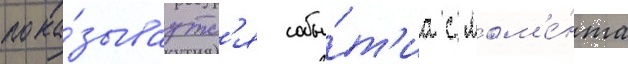
пока́зываутс'я собы́т'иа с мом'е́нта